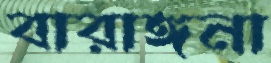
বারাঙ্গনা